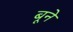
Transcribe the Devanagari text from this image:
बूने